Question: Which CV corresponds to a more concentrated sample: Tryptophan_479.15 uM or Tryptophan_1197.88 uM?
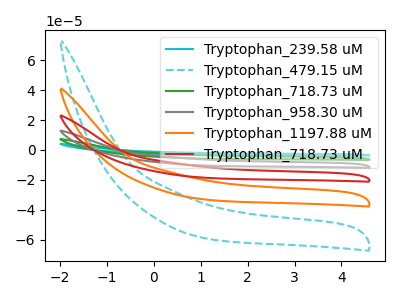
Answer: <think>The cyan curve "Tryptophan_239.58 uM" has no peaks. The cyan dashed curve "Tryptophan_479.15 uM" has no peaks. The green curve "Tryptophan_718.73 uM" has no peaks. The gray curve "Tryptophan_958.30 uM" has no peaks. The orange curve "Tryptophan_1197.88 uM" has no peaks. The red curve "Tryptophan_718.73 uM" has no peaks.
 Neither "Tryptophan_479.15 uM" or "Tryptophan_1197.88 uM" have any peaks.</think>
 <answer>I cant tell if "Tryptophan_479.15 uM" or "Tryptophan_1197.88 uM" has higher concentration.</answer>
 <eval>mixed_concentration</eval>